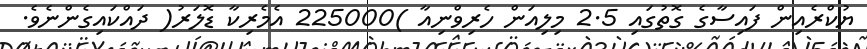
ޔުކްރެއިން ފައިސާގެ ގޮތުގައި 2.5 މިލިއަން ހެރިވްނިއާ )225000 އެމެރިކާ ޑޮލަރު( ދައްކައިގެންނެވެ.